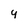
Character: 4